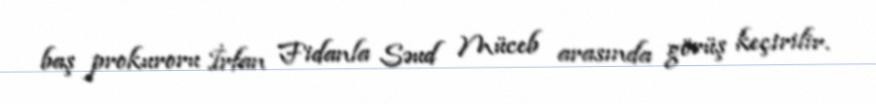
baş prokuroru İrfan Fidanla Səud Müceb arasında görüş keçirilir.